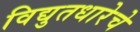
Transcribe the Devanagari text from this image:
विद्युतधारेचे